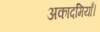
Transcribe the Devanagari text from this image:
अकादमियाँ।